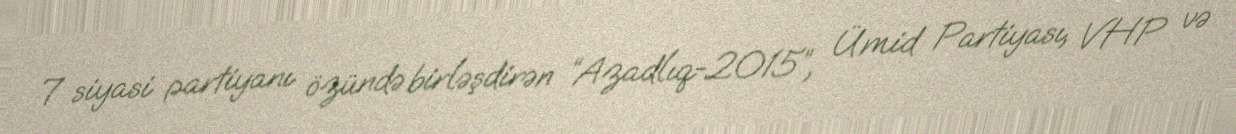
7 siyasi partiyanı özündə birləşdirən “Azadlıq-2015”, Ümid Partiyası, VHP və